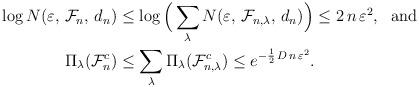
LaTeX: \begin{align*}\begin{aligned}\log N(\varepsilon, \, \mathcal{F}_{n}, \, d_n) & \leq \log\Big(\sum_{\lambda} N(\varepsilon, \, \mathcal{F}_{n,\lambda}, \, d_n) \Big) \leq 2\,n\,\varepsilon^2, \mbox{\ \ and}\\\Pi_\lambda(\mathcal{F}_{n}^c) & \leq \sum_{\lambda} \Pi_\lambda(\mathcal{F}_{n,\lambda}^c) \leq e^{-\frac{1}{2}\, D\,n\,\varepsilon^2}.\end{aligned}\end{align*}